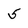
Character: 5